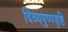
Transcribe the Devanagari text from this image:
दिव्यपुष्पवृष्टि